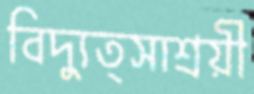
বিদ্যুত্সাশ্রয়ী